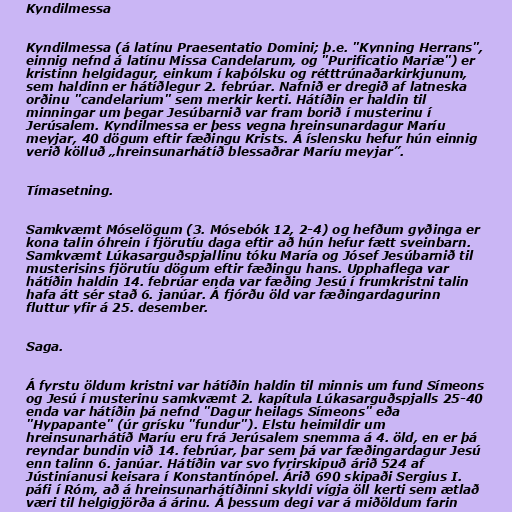
Kyndilmessa

Kyndilmessa (á latínu Praesentatio Domini; þ.e. "Kynning Herrans",
einnig nefnd á latínu Missa Candelarum, og "Purificatio Mariæ") er
kristinn helgidagur, einkum í kaþólsku og rétttrúnaðarkirkjunum,
sem haldinn er hátíðlegur 2. febrúar. Nafnið er dregið af latneska
orðinu "candelarium" sem merkir kerti. Hátíðin er haldin til
minningar um þegar Jesúbarnið var fram borið í musterinu í
Jerúsalem. Kyndilmessa er þess vegna hreinsunardagur Maríu
meyjar, 40 dögum eftir fæðingu Krists. Á íslensku hefur hún einnig
verið kölluð „hreinsunarhátíð blessaðrar Maríu meyjar”.

Tímasetning.

Samkvæmt Móselögum (3. Mósebók 12, 2-4) og hefðum gyðinga er
kona talin óhrein í fjörutíu daga eftir að hún hefur fætt sveinbarn.
Samkvæmt Lúkasarguðspjallinu tóku María og Jósef Jesúbarnið til
musterisins fjörutíu dögum eftir fæðingu hans. Upphaflega var
hátíðin haldin 14. febrúar enda var fæðing Jesú í frumkristni talin
hafa átt sér stað 6. janúar. Á fjórðu öld var fæðingardagurinn
fluttur yfir á 25. desember.

Saga.

Á fyrstu öldum kristni var hátíðin haldin til minnis um fund Símeons
og Jesú í musterinu samkvæmt 2. kapítula Lúkasarguðspjalls 25-40
enda var hátíðin þá nefnd "Dagur heilags Símeons" eða
"Hypapante" (úr grísku "fundur"). Elstu heimildir um
hreinsunarhátíð Maríu eru frá Jerúsalem snemma á 4. öld, en er þá
reyndar bundin við 14. febrúar, þar sem þá var fæðingardagur Jesú
enn talinn 6. janúar. Hátíðin var svo fyrirskipuð árið 524 af
Jústiníanusi keisara í Konstantínópel. Árið 690 skipaði Sergius I.
páfi í Róm, að á hreinsunarhátíðinni skyldi vígja öll kerti sem ætlað
væri til helgigjörða á árinu. Á þessum degi var á miðöldum farin